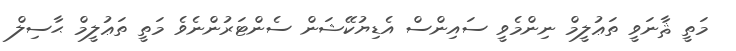
މަތީ ޘާނަވީ ތަޢުލީމް ނިންމެވީ ސައިންސް އެޑިޔުކޭޝަން ސެންޓަރުންނެވެ މަތީ ތަޢުލީމް ޙާސިލް